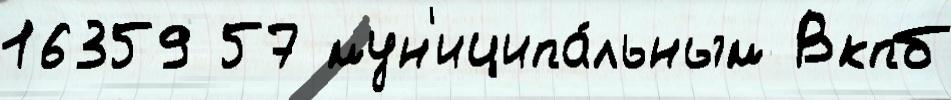
16359 57 мун'иципа́льным Вкпб